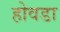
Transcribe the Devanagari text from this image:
होवडा